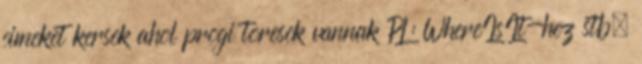
cimeket kersek ahol progi toresek vannak PL: WhereIsIt-hez stb.